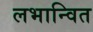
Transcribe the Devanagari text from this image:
लभान्वित